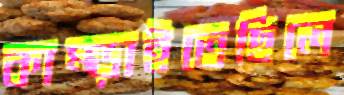
কাম্‌ড়াইতেছিলে